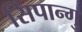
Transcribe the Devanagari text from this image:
सिपान्गु